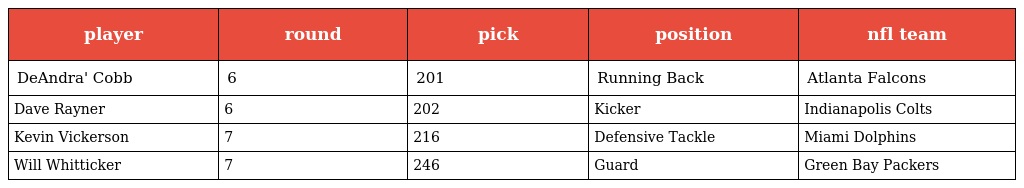
| player | round | pick | position | nfl team |
 | --- | --- | --- | --- | --- |
 | DeAndra' Cobb | 6 | 201 | Running Back | Atlanta Falcons |
 | Dave Rayner | 6 | 202 | Kicker | Indianapolis Colts |
 | Kevin Vickerson | 7 | 216 | Defensive Tackle | Miami Dolphins |
 | Will Whitticker | 7 | 246 | Guard | Green Bay Packers |